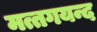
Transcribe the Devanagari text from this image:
मत्तगयन्द